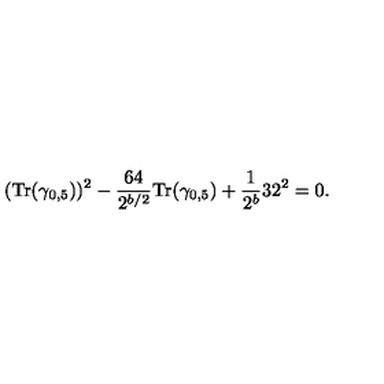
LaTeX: ( { \mathrm { T r } } ( \gamma _ { 0 , 5 } ) ) ^ { 2 } - { \frac { 6 4 } { 2 ^ { b / 2 } } } { \mathrm { T r } } ( \gamma _ { 0 , 5 } ) + { \frac { 1 } { 2 ^ { b } } } 3 2 ^ { 2 } = 0 .